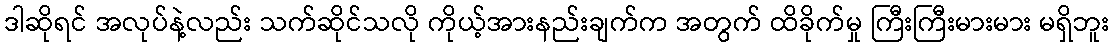
ဒါဆိုရင် အလုပ်နဲ့လည်း သက်ဆိုင်သလို ကိုယ့်အားနည်းချက်က အတွက် ထိခိုက်မှု ကြီးကြီးမားမား မရှိဘူး